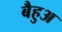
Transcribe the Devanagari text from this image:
बैहुअ